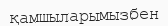
қамшыларымызбен